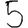
Digit: 5